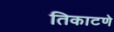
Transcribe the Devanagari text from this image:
तिकाटणे